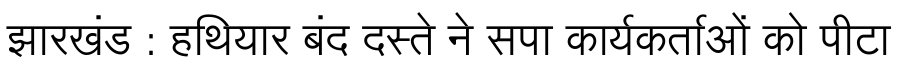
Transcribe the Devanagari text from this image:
झारखंड : हथियार बंद दस्ते ने सपा कार्यकर्ताओं को पीटा